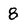
Character: 8